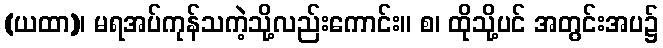
(ယထာ)၊ မရအပ်ကုန်သကဲ့သို့လည်းကောင်း။ စ၊ ထိုသို့ပင် အတွင်းအပ၌